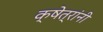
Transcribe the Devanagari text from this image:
क्षेत्रांनी